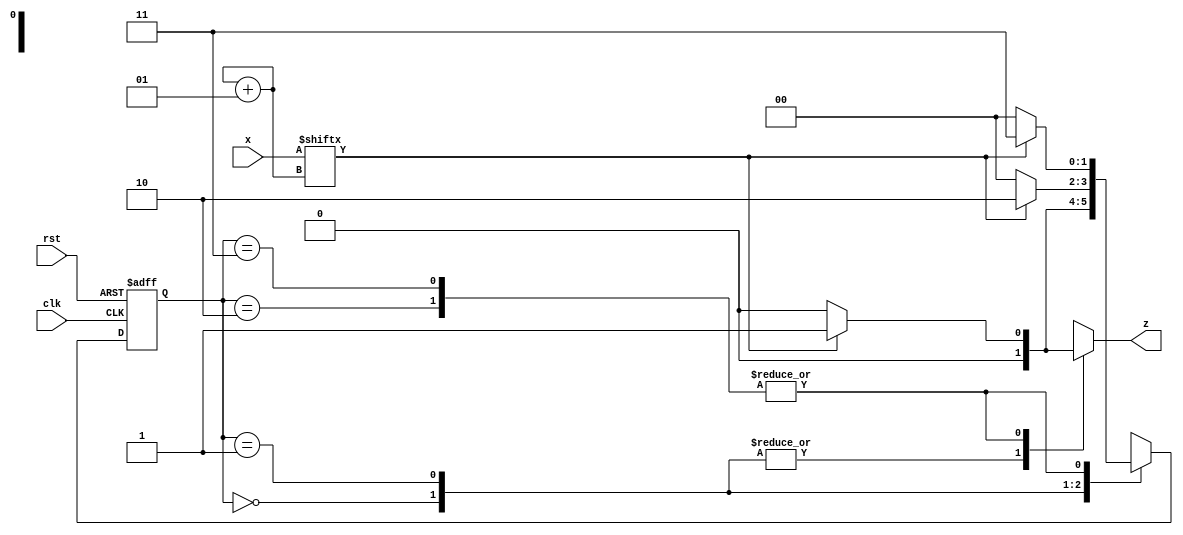
module fsm_seq_detector(
    input clk,
    input rst,
    //input [4:0]data,
    input [5:0]x,
    output reg z
	
   
	 );
parameter A=0,B=1,C=2,D=3;
integer i;
initial
begin
i=0;
end
reg [1:0] PS,NS;
//assign data=10'b0001111010;
always@(posedge clk or posedge rst)
	begin
		if(rst) 
			begin
				PS<=A;
			end
		else 
			begin
				PS<=NS;
			end
	end
always@(PS,x[i])
	begin
		case(PS)
			A:begin
				z<=x[i]?0:0;
				NS<=x[i]?B:A;
			  end
			B:begin
				z<=x[i]?0:0;
				NS<=x[i]?C:A;
			  end
			C:begin
				z<=x[i]?1:0;
				NS<=x[i]?D:A;
			  end
			D:begin
				z<=x[i]?1:0;
				NS<=x[i]?D:A;
		
			  end
		endcase
		i=i+1;
	end
endmodule